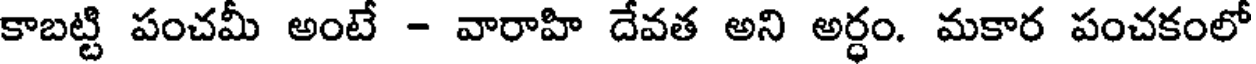
కాబట్టి పంచమీ అంటే - వారాహి దేవత అని అర్ధం. మకార పంచకంలో